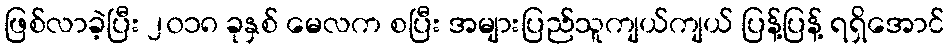
ဖြစ်လာခဲ့ပြီး ၂၀၁၈ ခုနှစ် မေလက စပြီး အများပြည်သူကျယ်ကျယ် ပြန့်ပြန့် ရရှိအောင်